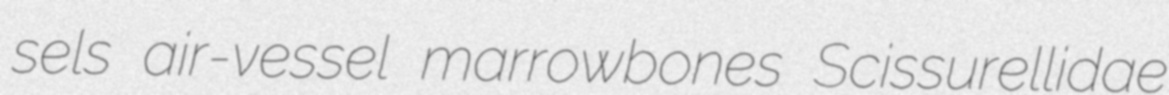
sels air-vessel marrowbones Scissurellidae